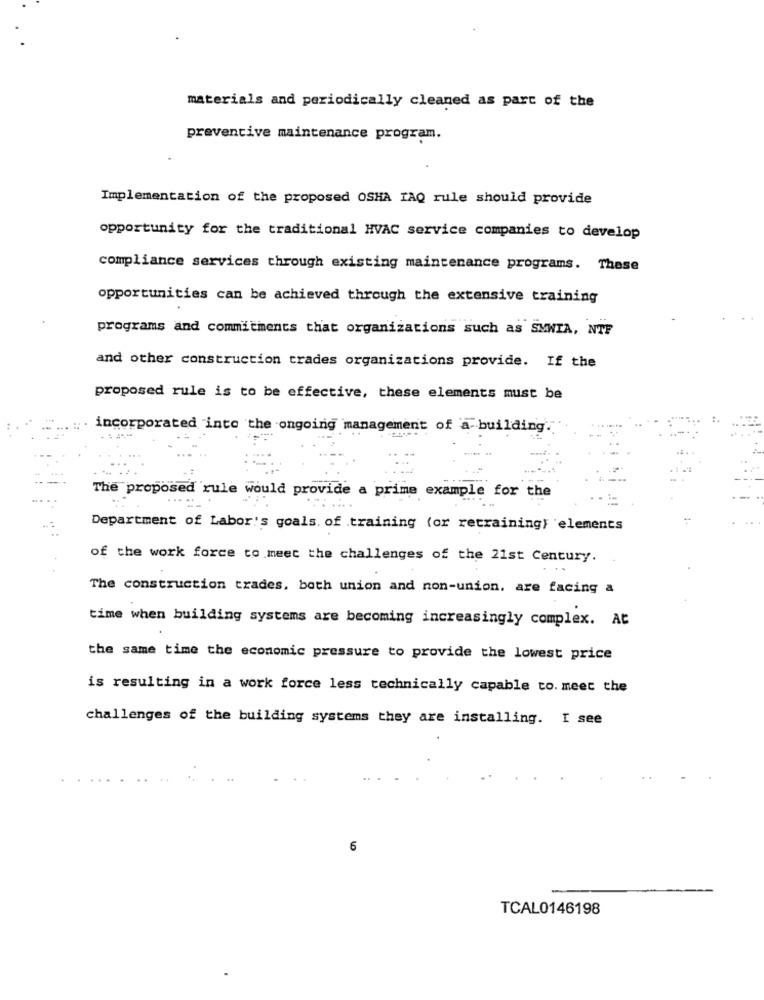
materials and periodically cleaned as part of the
preventive maintenance program.
Implementation of the proposed OSHA IAQ rule should provide
opportunity for the traditional HVAC service companies to develop
compliance services through existing maintenance programs. These
opportunities can be achieved through the extensive training
programs and commitments that organizations such as SMWIA, NTF
and other construction trades organizations provide. If the
proposed rule is to be effective, these elements must be
incorporated into the ongoing management of a building.
The proposed rule would provide a prime example for the
Department of Labor's goals. of training (or retraining) elements
of the work force to meet the challenges of the 21st Century.
The construction trades, both union and non-union, are facing a
time when building systems are becoming increasingly complex. At
the same time the economic pressure to provide the lowest price
is resulting in a work force less technically capable to. meet the
challenges of the building systems they are installing. I see
6
TCAL0146198